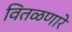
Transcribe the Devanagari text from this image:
वितळणारे